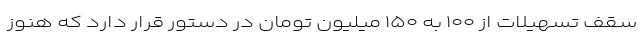
سقف تسهیلات از ۱۰۰ به ۱۵۰ میلیون تومان در دستور قرار دارد که هنوز